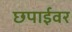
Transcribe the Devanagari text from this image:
छपाईवर